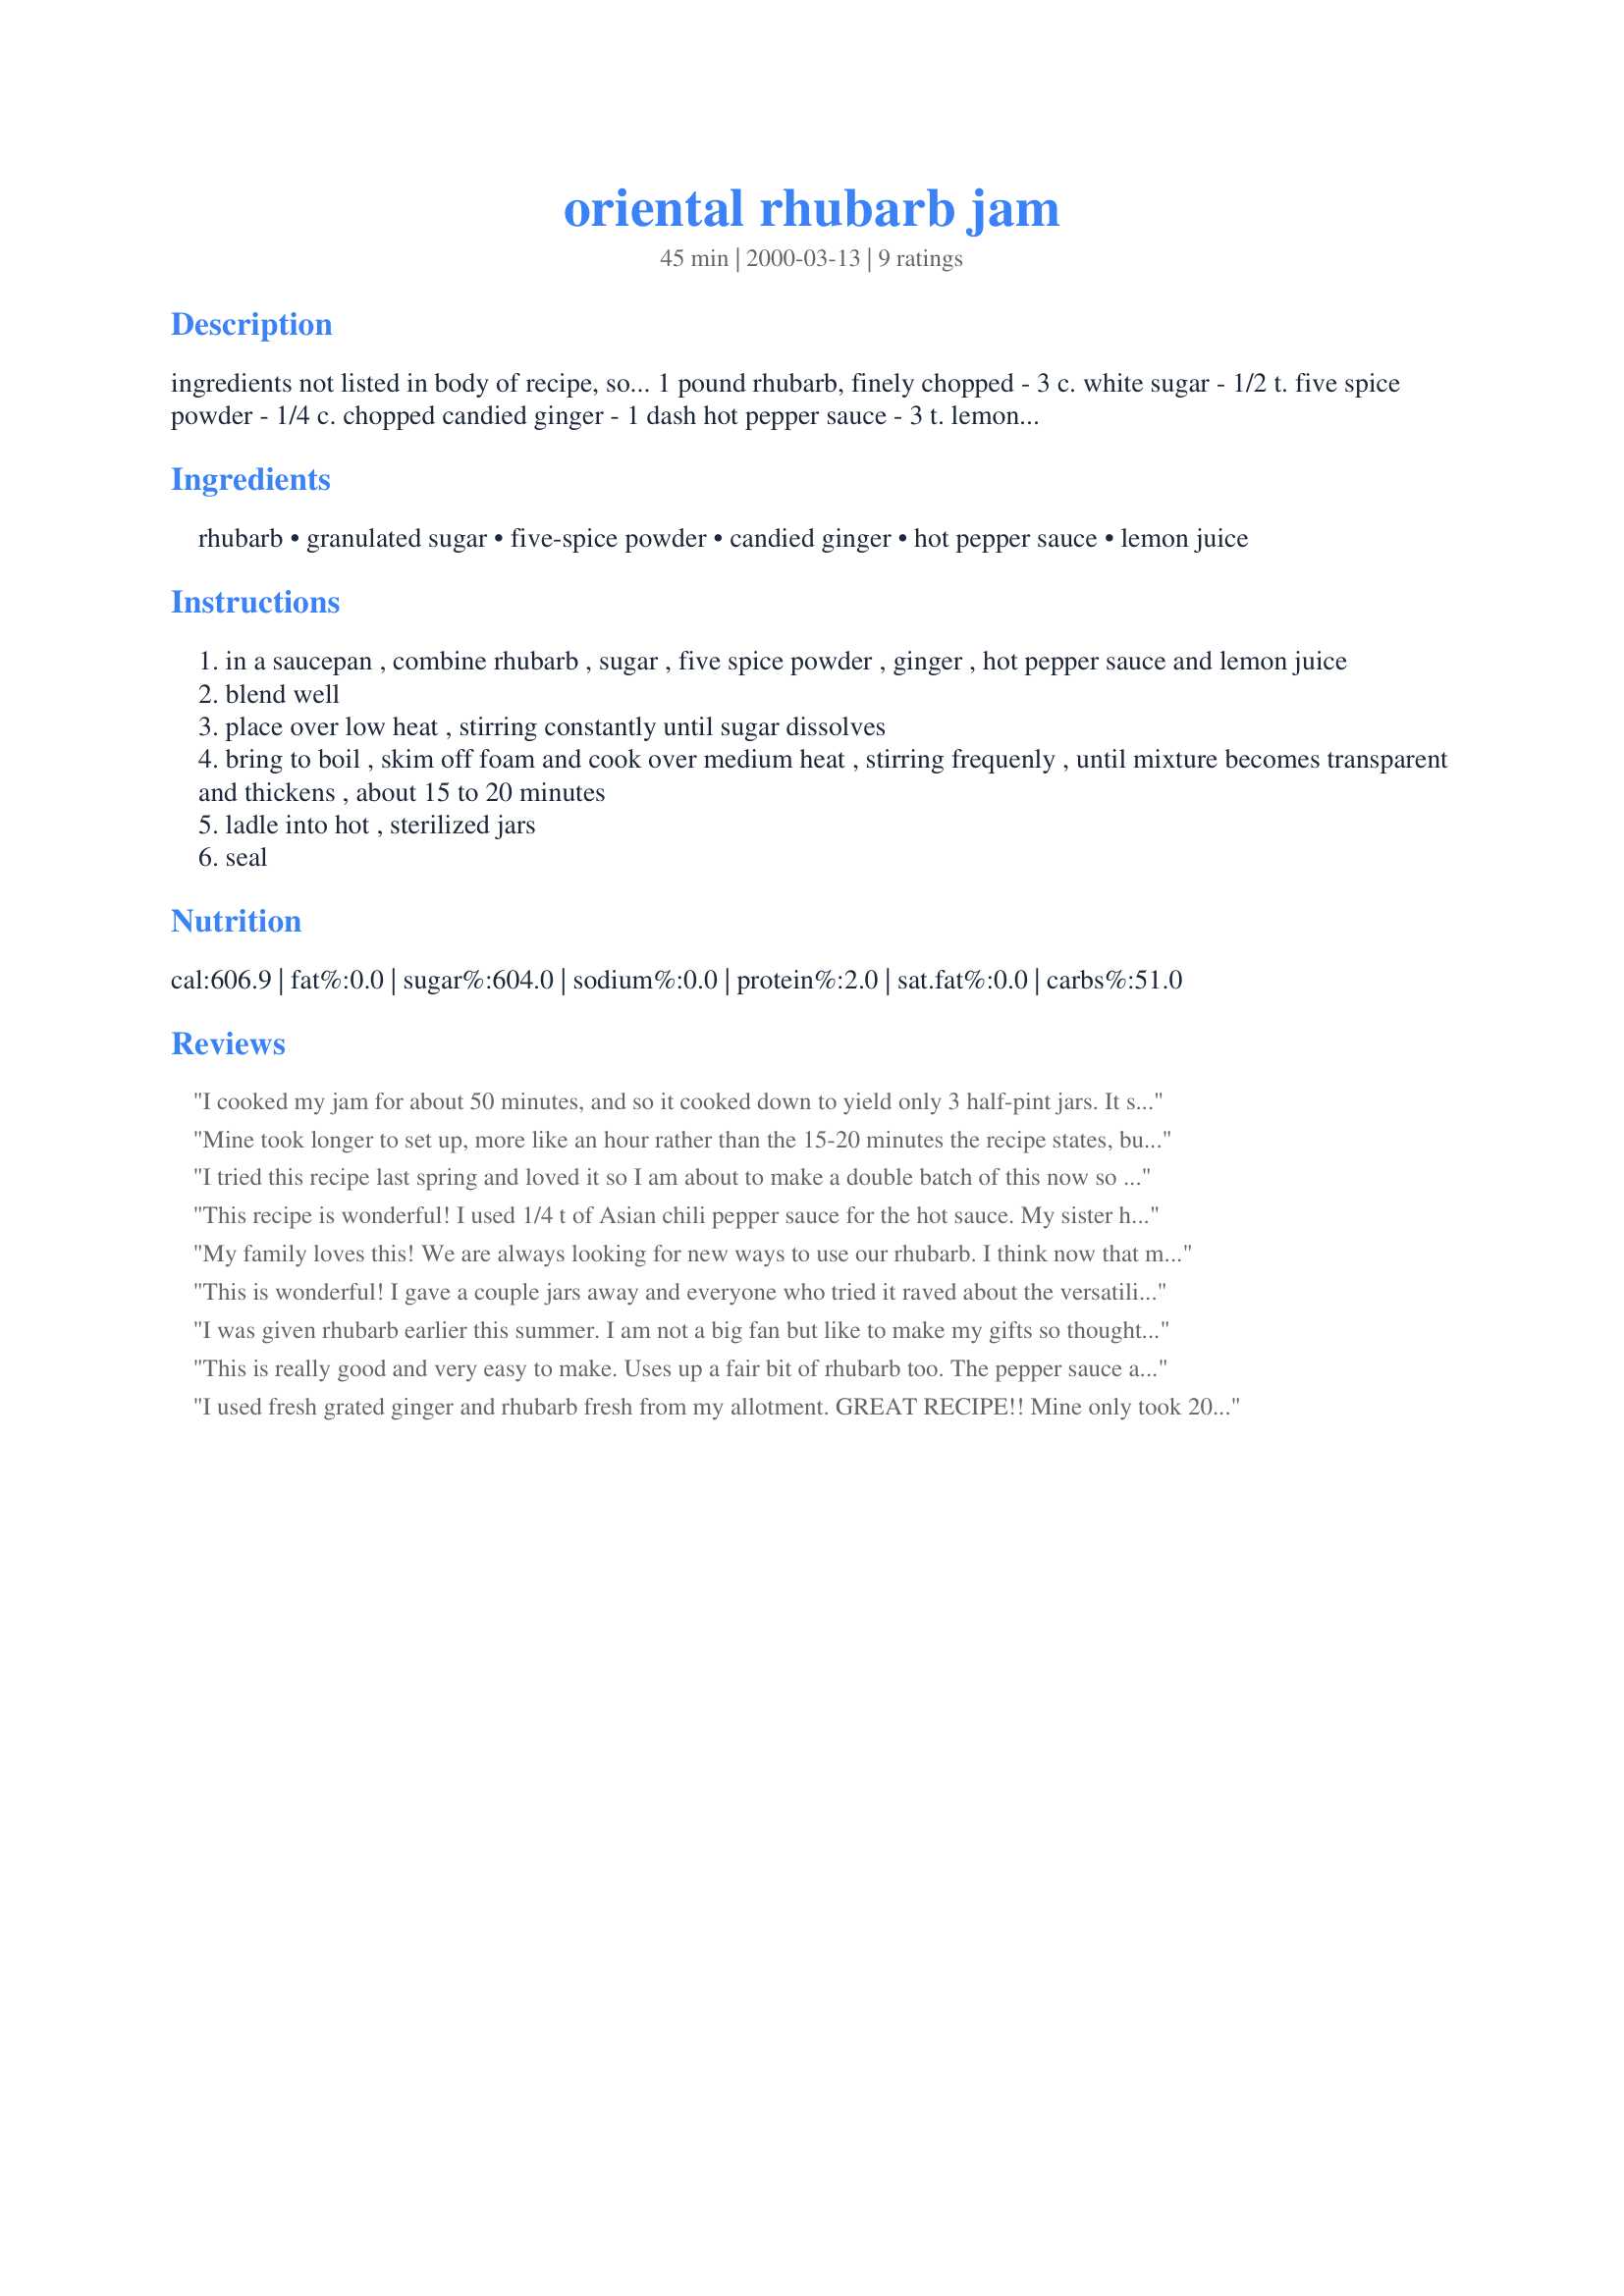
oriental rhubarb jam
Preparation time: 45 minutes

ingredients not listed in body of recipe, so...
1 pound rhubarb, finely chopped - 3 c. white sugar - 1/2 t. five spice powder - 1/4 c. chopped candied ginger - 1 dash hot pepper sauce - 3 t. lemon juice

Ingredients:
rhubarb, granulated sugar, five-spice powder, candied ginger, hot pepper sauce, lemon juice

Steps:
in a saucepan , combine rhubarb , sugar , five spice powder , ginger , hot pepper sauce and lemon juice
blend well
place over low heat , stirring constantly until sugar dissolves
bring to boil , skim off foam and cook over medium heat , stirring frequenly , until mixture becomes transparent and thickens , about 15 to 20 minutes
ladle into hot , sterilized jars
seal

Reviews:
I cooked my jam for about 50 minutes, and so it cooked down to yield only 3 half-pint jars. It seems softer than most jams I've made, but it probably doesn't matter since I am using this mainly as a sweet & sour type sauce for veggies (had this for lunch today and it was yummy when mixed with soy sauce and chili-garlic sauce!). This has a complex sweet/sour/spicy flavor that would work well with so many things. I look forward to using it on grilled shrimp and chicken, too. Thank you for posting.
Mine took longer to set up, more like an hour rather than the 15-20 minutes the recipe states, but I like a firm jelly. The flavor is very bright, with the star anise as the top note. The deep red color is very attractive and the jelly plates well. A great holiday gift.
I tried this recipe last spring and loved it so I am about to make a double batch of this now so I can bring some home for gifts.
It has a wonderful flavor and is such a pretty color. It does take longer to cook than stated but well worth the added time.
This recipe is wonderful! I used 1/4 t of Asian chili pepper sauce for the hot sauce. My sister has a large rhubarb plant that grows like a weed (they usually mow it down with the lawn mower, but I had her go around it for a couple weeks), so I decided to give it a go. I really love the ginger and the jam is sweet enough so I think next time I will use fresh ginger instead of the candied. It set up to jam stage for me 15 min after boiling. Also, I processed in a boiling water canner for 20 min (10 + 10 for high altitude). I got 4 8 oz jars plus a little.
My family loves this! We are always looking for new ways to use our rhubarb. I think now that most of it goes into this jam. I get 3 half-pint jars plus a little to eat right away, then I give it a 10 minute bath to seal the jars. Makes a great present too.
This is wonderful! I gave a couple jars away and everyone who tried it raved about the versatility of this jam. I tried it on toast and on a ham sandwich and both ways it was wonderful. One person who tried it thought it would be great on grilled chicken or even as part of a marinade for grilling meat. I also think it would be great an ingredient for a refreshing salad dressing. I think it would also do very well spread between layers of a cake with buttercream frosting. I will definitely be making this many times again. I may try using fresh ginger just to see the results. Thanks for sharing!
I was given rhubarb earlier this summer. I am not a big fan but like to make my gifts so thought what can I do that is different. Found this recipe, made my own candied ginger then with the frozen rhubarb made the jam. I can&#039;t tell that there is rhubarb in this. I will use as a glaze for chicken and pork on the bbq.
This is really good and very easy to make. Uses up a fair bit of rhubarb too. The pepper sauce and ginger add a lovely punch to an otherwise sweet jam. I buy a similar product made from onions, but will now try making my own.
I used fresh grated ginger and rhubarb fresh from my allotment. GREAT RECIPE!! Mine only took 20 minutes to set. It is a very sweet jam with a little oriental twist. FAB!
